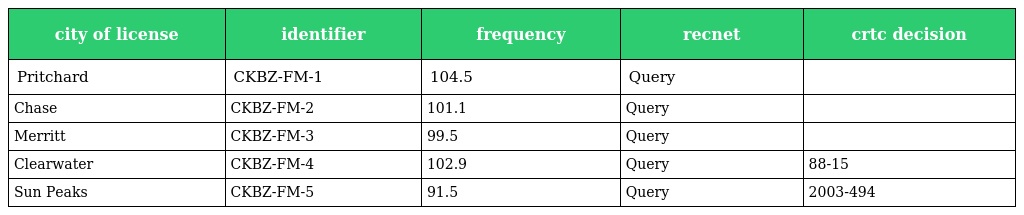
| city of license | identifier | frequency | recnet | crtc decision |
 | --- | --- | --- | --- | --- |
 | Pritchard | CKBZ-FM-1 | 104.5 | Query |  |
 | Chase | CKBZ-FM-2 | 101.1 | Query |  |
 | Merritt | CKBZ-FM-3 | 99.5 | Query |  |
 | Clearwater | CKBZ-FM-4 | 102.9 | Query | 88-15 |
 | Sun Peaks | CKBZ-FM-5 | 91.5 | Query | 2003-494 |